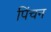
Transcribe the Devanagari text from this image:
पिंचन